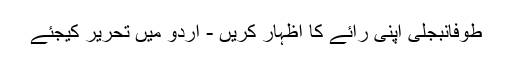
طوفانبجلی اپنی رائے کا اظہار کریں - اُردو میں تحریر کیجئے